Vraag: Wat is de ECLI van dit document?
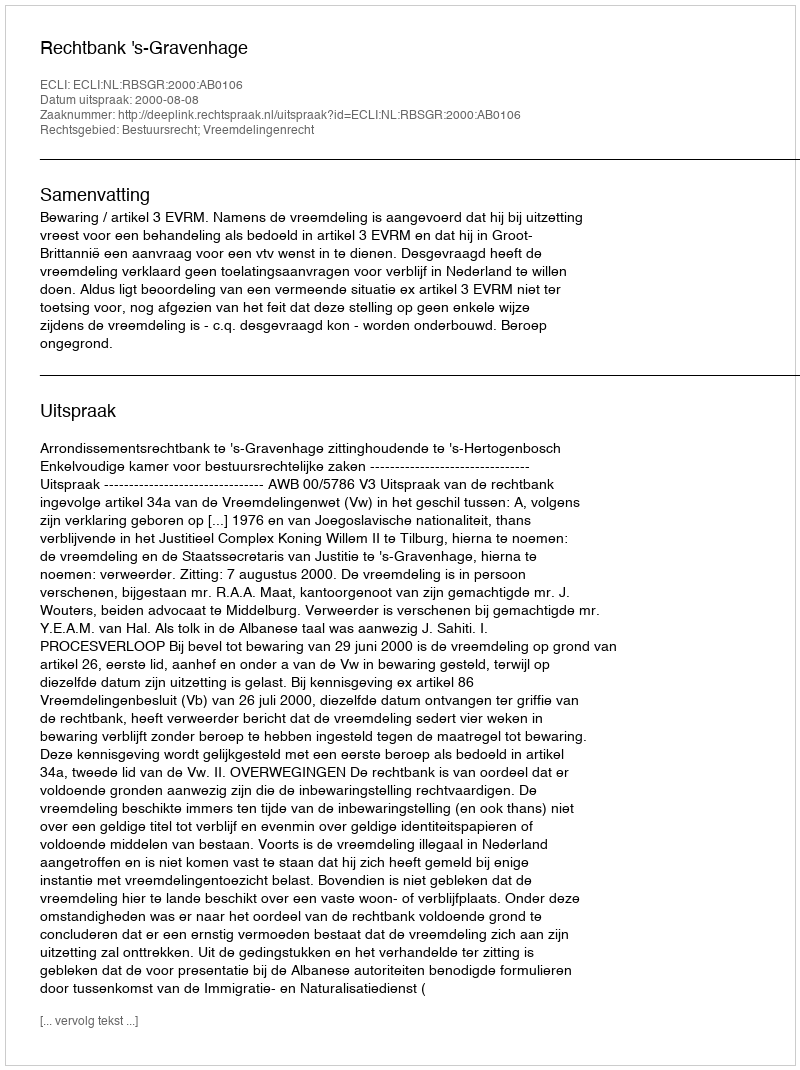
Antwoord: ECLI:NL:RBSGR:2000:AB0106